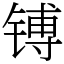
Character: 镈